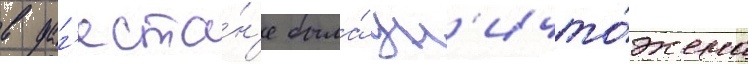
в даг'еста́н'е была́ ун'ичто́жена